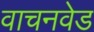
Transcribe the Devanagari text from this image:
वाचनवेड